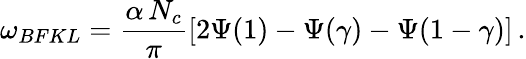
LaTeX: \omega_{BFKL}=\frac{\alpha\, N_{c}}{\pi}\left[2\Psi(1)-\Psi(\gamma)-\Psi(1-\gamma)\right]\, .